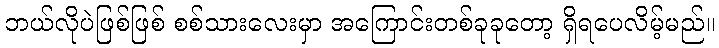
ဘယ်လိုပဲဖြစ်ဖြစ် စစ်သားလေးမှာ အကြောင်းတစ်ခုခုတော့ ရှိရပေလိမ့်မည်။